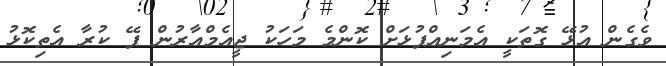
ވެގެން އުޅޭ ގޮތަކީ އެމަނިއްޕުޅަށް ކޮންމެ މަހަކު ޖީއެމްއާރުން ޕޭ ކުރާ އެތިކޮޅު